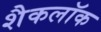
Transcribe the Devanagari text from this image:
शैकलॉक